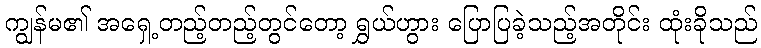
ကျွန်မ၏ အရှေ့တည့်တည့်တွင်တော့ ရွှယ်ဟွား ပြောပြခဲ့သည့်အတိုင်း ထုံးခိုသည်